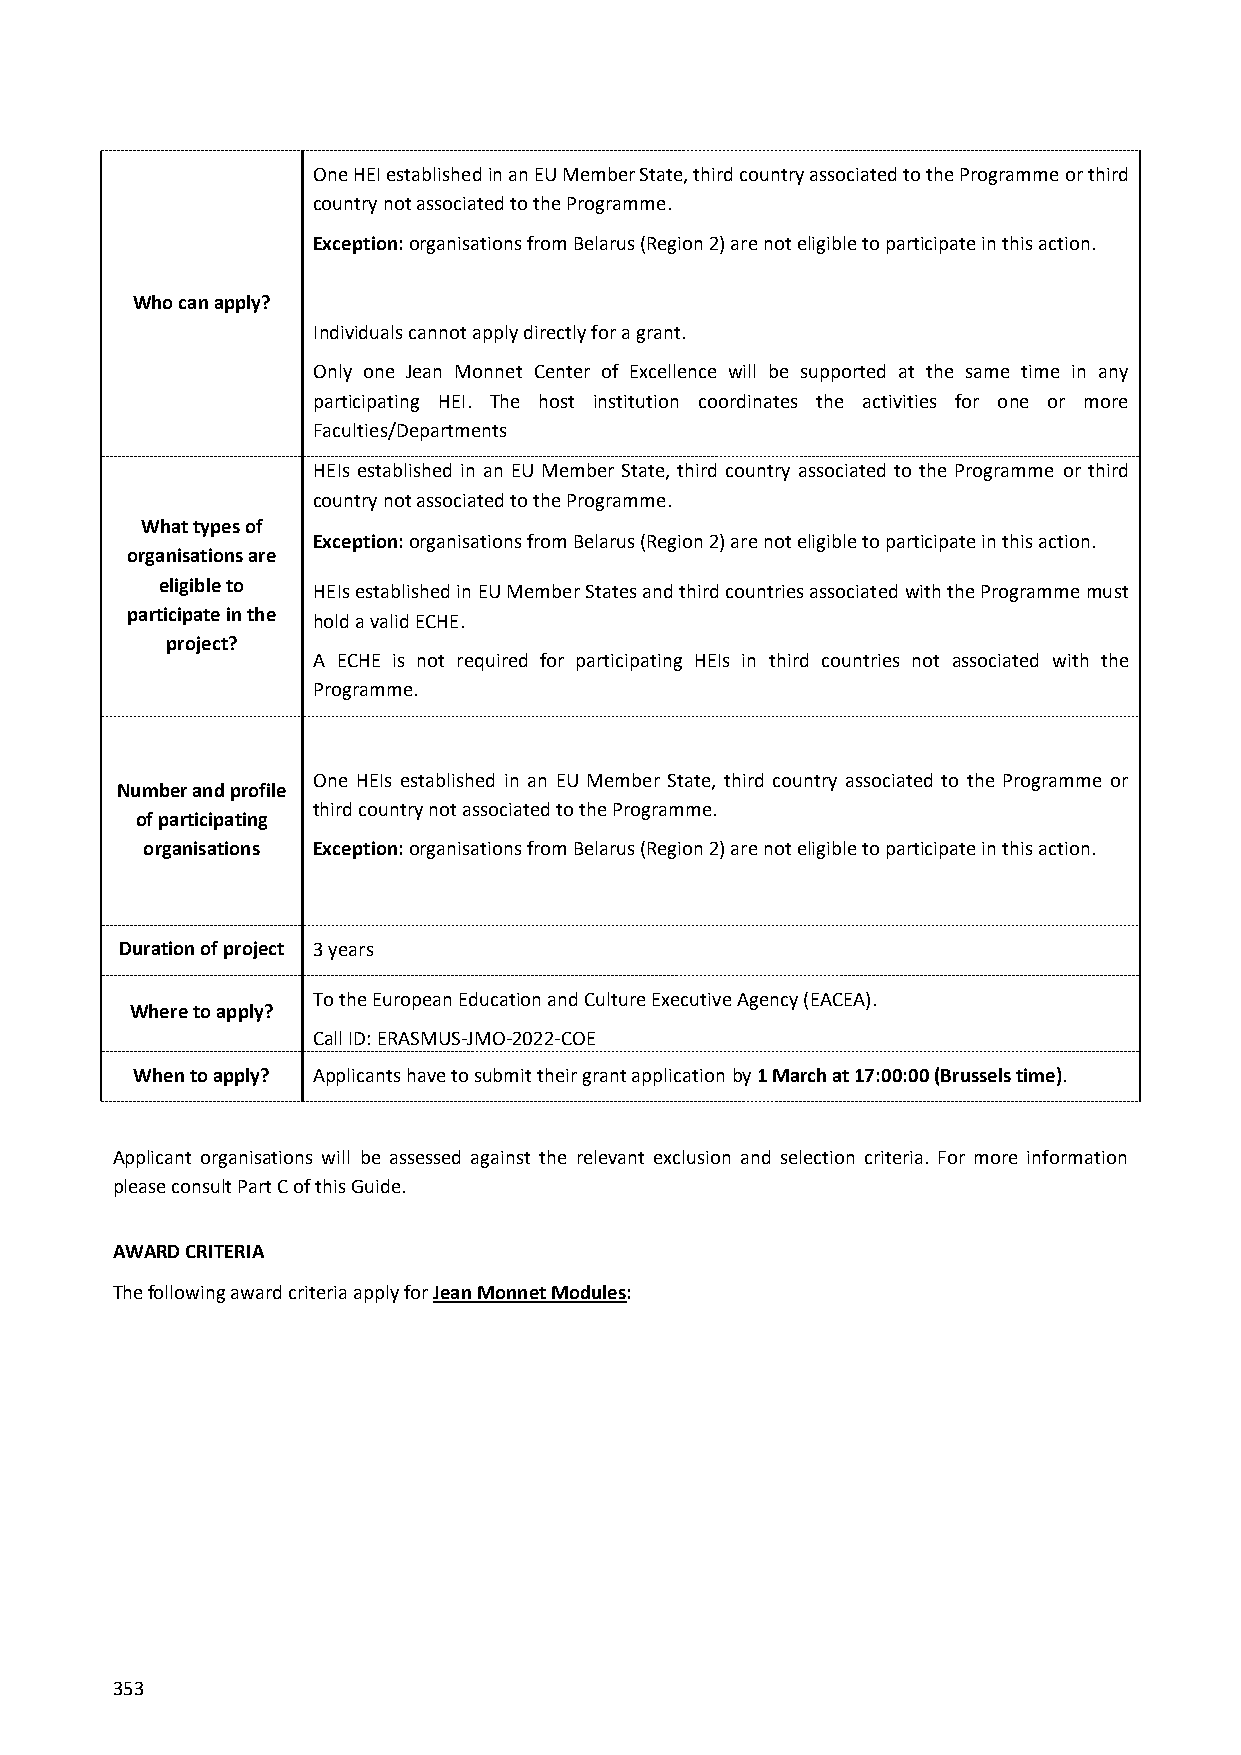
One HEI established in an EU Member State, third country associated to the Programme or third
 country not associated to the Programme.
 Exception: organisations from Belarus (Region 2) are not eligible to participate in this action.
 Who can apply?
 Individuals cannot apply directly for a grant.
 Only one Jean Monnet Center of Excellence will be supported at the same time in any
 participating HEI. The host institution coordinates the activities for one or more
 Faculties/Departments
 HEIs established in an EU Member State, third country associated to the Programme or third
 country not associated to the Programme.
 What types of
 Exception: organisations from Belarus (Region 2) are not eligible to participate in this action.
 organisations are
 eligible to
 HEIs established in EU Member States and third countries associated with the Programme must
 participate in the
 hold a valid ECHE.
 project?
 A ECHE is not required for participating HEIs in third countries not associated with the
 Programme.
 One HEIs established in an EU Member State, third country associated to the Programme or
 Number and profile
 third country not associated to the Programme.
 of participating
 organisations Exception: organisations from Belarus (Region 2) are not eligible to participate in this action.
 Duration of project 3 years
 To the European Education and Culture Executive Agency (EACEA).
 Where to apply?
 Call ID: ERASMUS-JMO-2022-COE
 When to apply? Applicants have to submit their grant application by 1 March at 17:00:00 (Brussels time).
 Applicant organisations will be assessed against the relevant exclusion and selection criteria. For more information
 please consult Part C of this Guide.
 AWARD CRITERIA
 The following award criteria apply for Jean Monnet Modules:
 353